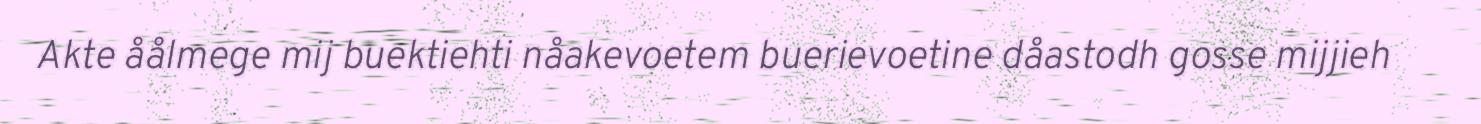
Akte åålmege mij buektiehti nåakevoetem buerievoetine dåastodh gosse mijjieh